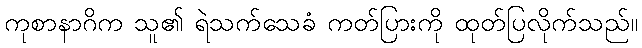
ကုစာနာဂိက သူ၏ ရဲသက်သေခံ ကတ်ပြားကို ထုတ်ပြလိုက်သည်။